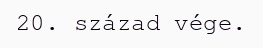
20. század vége.